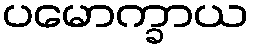
ပမောက္ခာယ